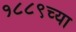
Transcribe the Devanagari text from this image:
१८८९च्या